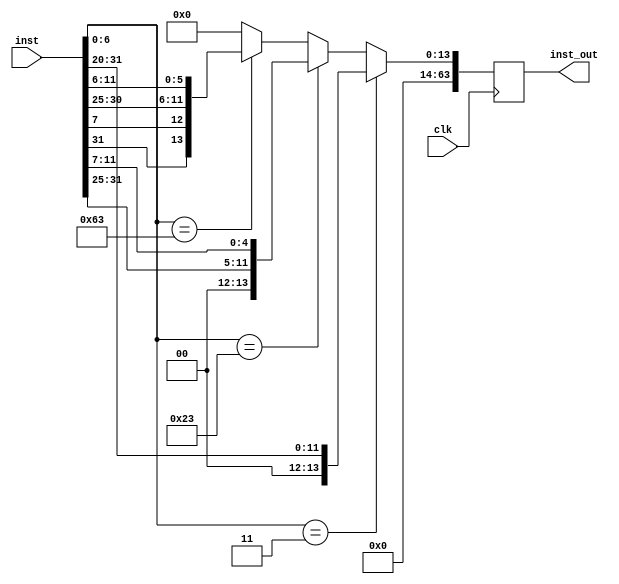
module imm_gen (clk, inst, inst_out);
input clk; 
input [31:0] inst;
output [63:0] inst_out;

wire [63:0] data1;
wire [63:0] data2;
wire [63:0] data3;
reg [63:0] data;

assign	data1 = {52'd0,inst[31:20]}; //load
assign	data2 = {52'd0,inst[31:25],inst[11:7]}; // store
assign	data3 = {52'd0,inst[31],inst[7],inst[30:25],inst[11:6]}; // branch

always@ (posedge clk)
begin
	
	
	if (inst[6:0] == 7'b0000011)
		data <= data1;
 	else if (inst[6:0] == 7'b0100011)
		data <= data2;
	else if (inst[6:0] == 7'b1100011)
		data <= data3;
	else
		data <= 64'd0;
end
assign inst_out = data;
endmodule